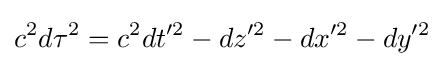
c^{2}d\tau ^{2}=c^{2}dt'^{2}-dz'^{2}-dx'^{2}-dy'^{2}